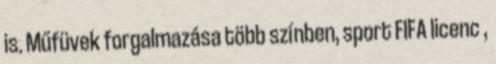
is. Műfüvek forgalmazása több színben, sport FIFA licenc ,